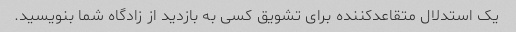
یک استدلال متقاعدکننده برای تشویق کسی به بازدید از زادگاه شما بنویسید.